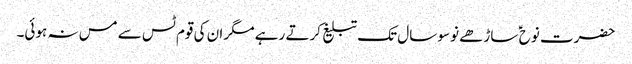
حضرت نوح ؑ ساڑھے نوسو سال تک تبلیغ کرتے رہے مگر ان کی قوم ٹس سے مس نہ ہوئی۔